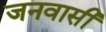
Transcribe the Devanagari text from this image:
जनवासी